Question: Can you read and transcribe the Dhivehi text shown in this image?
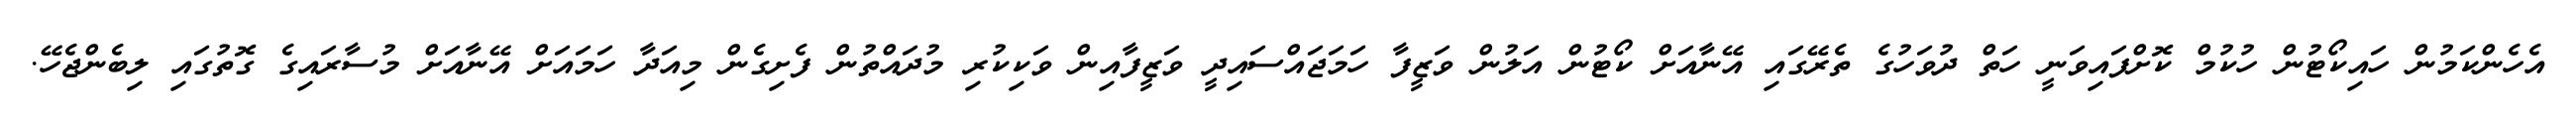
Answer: އެހެންކަމުން ހައިކޯޓުން ހުކުމް ކޮށްފައިވަނީ ހަތް ދުވަހުގެ ތެރޭގައި އޭނާއަށް ކޯޓުން އަލުން ވަޒީފާ ހަމަޖައްސައިދީ ވަޒީފާއިން ވަކިކުރި މުދައްތުން ފެށިގެން މިއަދާ ހަމައަށް އޭނާއަށް މުސާރައިގެ ގޮތުގައި ލިބެންޖެހޭ.